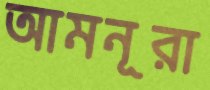
আমনূরা